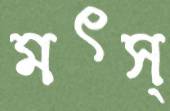
মৎস্